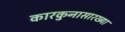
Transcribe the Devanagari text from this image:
कारकुनासारख्या